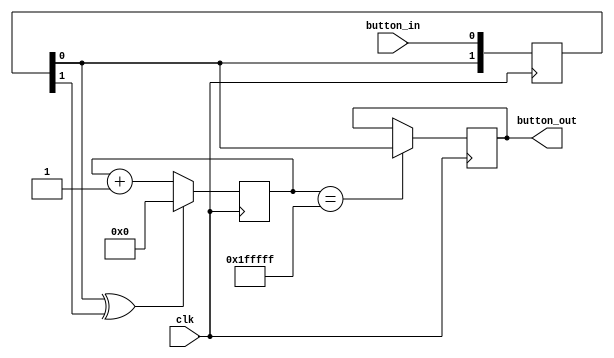
`timescale 1ns / 1ps
//////////////////////////////////////////////////////////////////////////////////
// Company: 
// Engineer: 
// 
// Design Name: 
// Module Name: button_debounce
// Project Name: 
// Target Devices: 
// Tool Versions: 
// Description: 
// 
// Dependencies: 
// 
// Revision:
// Revision 0.01 - File Created
// Additional Comments:
// 
//////////////////////////////////////////////////////////////////////////////////


module button_debounce(
input clk,
input button_in,
output button_out
    );
    
    reg [20:0] cnt;
    wire button_clk;
    reg out;
    reg [1:0] record = 2'b00;
    
    always@(posedge clk) begin
    record<={record[0],button_in};
    end
    
    assign button_clk = record[0]^record[1];
    
    always@(posedge clk)begin
    if(button_clk==1)begin
    cnt<=0;
    end
    else begin
    cnt<=cnt+1'b1;
    end
    end
    
    always @(posedge  clk)begin
    if(cnt==21'h1fffff)begin
    out<=record[0];
    end
    end
    
    assign button_out=out;
    //button_out is the final output
    //button_in is related to the button on the hardware
    
endmodule